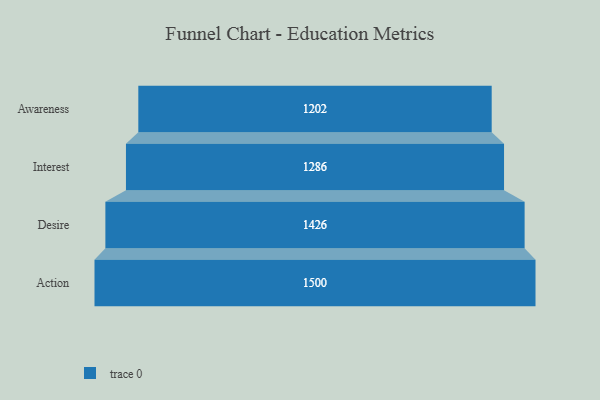
{"axis": {"x": "Stage", "y": "Value"}, "legend": [""], "data": [{"x": "Awareness", "y": 1202.0, "type": ""}, {"x": "Interest", "y": 1286.0, "type": ""}, {"x": "Desire", "y": 1426.0, "type": ""}, {"x": "Action", "y": 1500.0, "type": ""}]}